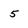
Character: 5